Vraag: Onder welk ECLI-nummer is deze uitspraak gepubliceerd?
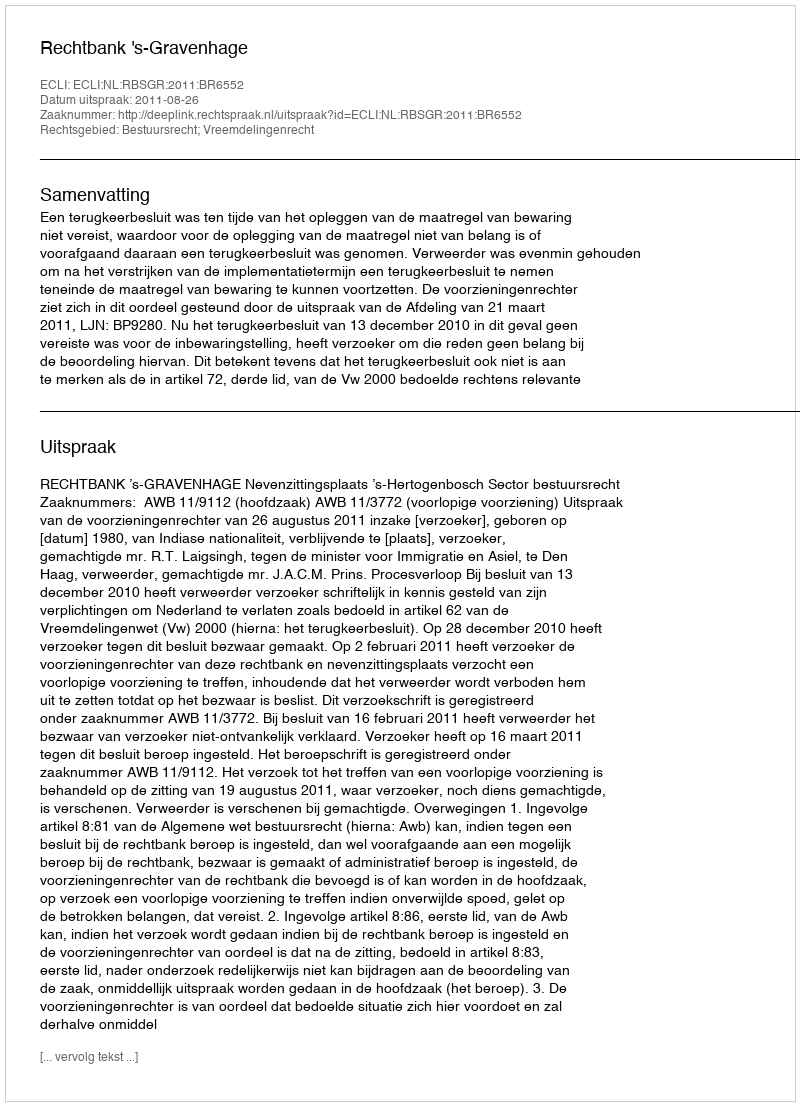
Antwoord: ECLI:NL:RBSGR:2011:BR6552